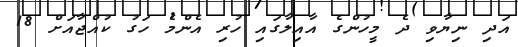
އަދި ނިޔާވި ދެ މީހުންގެ އާއިލާގައި ހުރި އެންމެ ހަގު ކުއްޖާއަށް 18